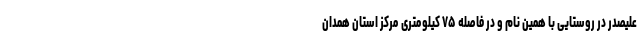
علیصدر در روستایی با همین نام و در فاصله ۷۵ کیلومتری مرکز استان همدان